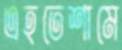
এহতেশামে